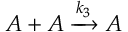
A + A \xrightarrow { k _ { 3 } } A